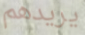
يريدهم